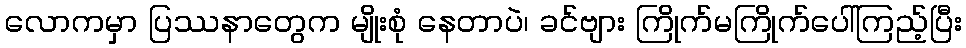
လောကမှာ ပြဿနာတွေက မျိုးစုံ နေတာပဲ၊ ခင်ဗျား ကြိုက်မကြိုက်ပေါ်ကြည့်ပြီး